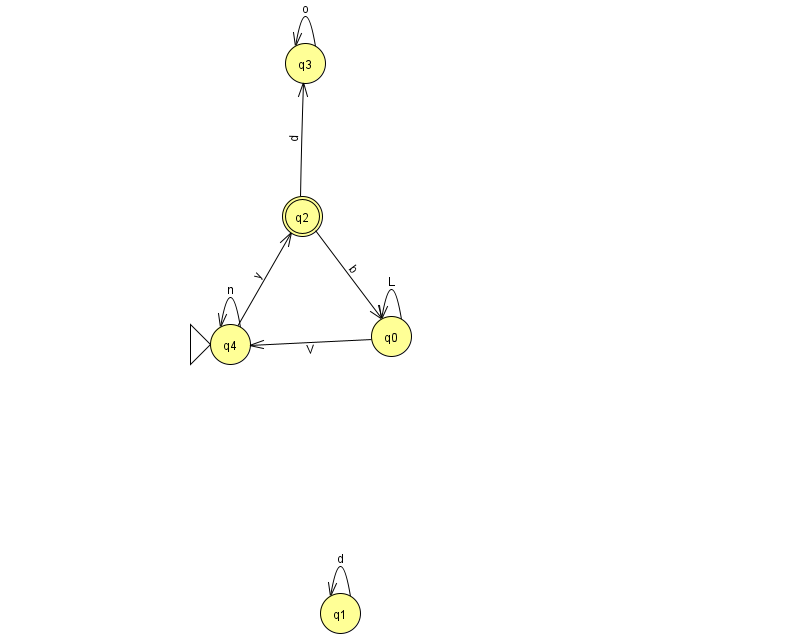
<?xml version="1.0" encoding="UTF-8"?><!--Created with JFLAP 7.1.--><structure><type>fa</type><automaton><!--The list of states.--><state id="0" name="q0"><x>391.0</x><y>323.0</y></state><state id="1" name="q1"><x>340.0</x><y>600.0</y></state><state id="2" name="q2"><x>302.0</x><y>203.0</y><final/></state><state id="3" name="q3"><x>305.0</x><y>50.0</y></state><state id="4" name="q4"><x>230.0</x><y>331.0</y><initial/></state><!--The list of transitions.--><transition><from>4</from><to>2</to><read>y</read></transition><transition><from>0</from><to>4</to><read>V</read></transition><transition><from>1</from><to>1</to><read>d</read></transition><transition><from>0</from><to>0</to><read>L</read></transition><transition><from>2</from><to>3</to><read>d</read></transition><transition><from>2</from><to>0</to><read>b</read></transition><transition><from>4</from><to>4</to><read>n</read></transition><transition><from>3</from><to>3</to><read>o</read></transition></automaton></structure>